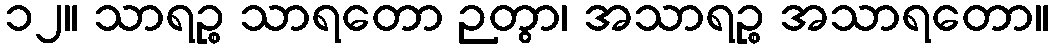
၁၂။ သာရဉ္စ သာရတော ဉတွာ၊ အသာရဉ္စ အသာရတော။